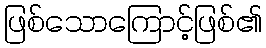
ဖြစ်သောကြောင့်ဖြစ်၏